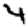
Digit: 4